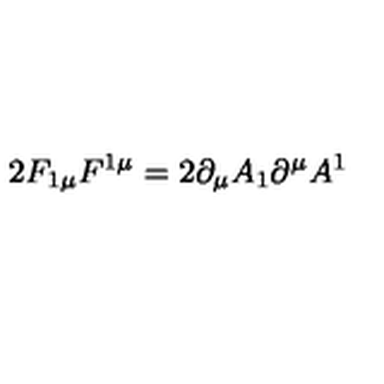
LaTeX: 2 F _ { 1 \mu } F ^ { 1 \mu } = 2 \partial _ { \mu } A _ { 1 } \partial ^ { \mu } A ^ { 1 }